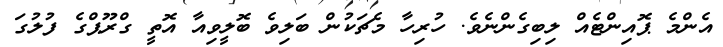
އެންމެ ޕޮއިންޓެއް ލިބިގެންނެވެ. ހުރިހާ މެޗަކުން ބަލިވެ ބޮލީވިއާ އޮތީ ގްރޫޕްގެ ފުލުގަ